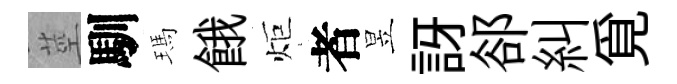
莖馴瑪餓炬者昱訝郤糾覓